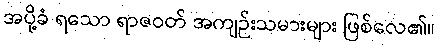
အပို့ခံ ရသော ရာဇဝတ် အကျဉ်းသမားများ ဖြစ်လေ၏။